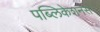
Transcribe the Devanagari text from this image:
पब्लिकेशनस